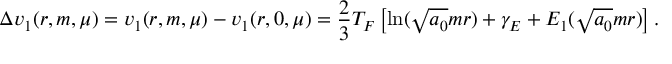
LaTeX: \Delta v _ { 1 } ( r , m , \mu ) = v _ { 1 } ( r , m , \mu ) - v _ { 1 } ( r , 0 , \mu ) = \frac 2 3 T _ { F } \left[ \ln ( \sqrt { a _ { 0 } } m r ) + \gamma _ { E } + E _ { 1 } ( \sqrt { a _ { 0 } } m r ) \right] .